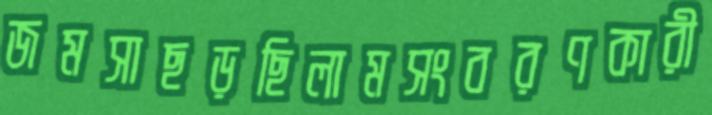
জমসাছড়ছিলামসংবরণকারী